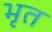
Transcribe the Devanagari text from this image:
भृत